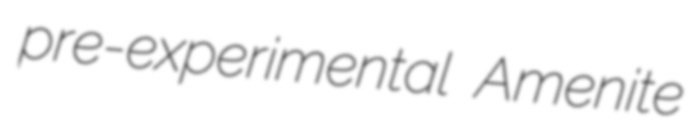
pre-experimental Amenite